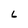
Character: 6